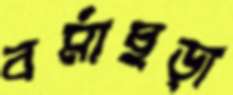
বর্মাছড়া